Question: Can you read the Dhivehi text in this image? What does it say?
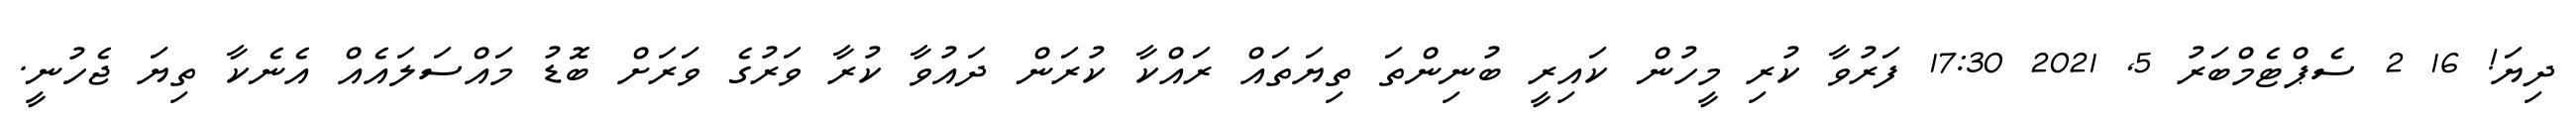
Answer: ދިޔަ! 16 2 ސެޕްޓެމްބަރު 5, 2021 17:30 ފަރުވާ ކުރި މީހުން ކައިރީ ބުނިންތަ ތިޔަތައް ރައްކާ ކުރަން ދައުވާ ކުރާ ވަރުގެ ވަރަށް ބޮޑު މައްސަލައެއް އެނެކާ ތިޔަ ޖެހުނީ.